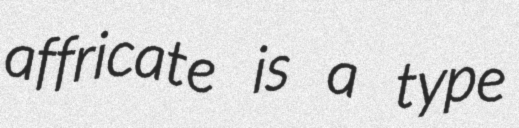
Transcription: affricate is a type